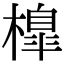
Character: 橰